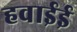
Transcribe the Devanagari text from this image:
हवाईई